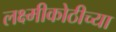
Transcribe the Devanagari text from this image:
लक्ष्मीकोठीच्या